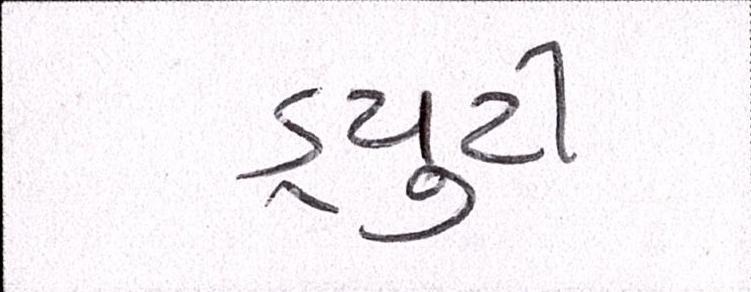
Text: ડ્યુટી